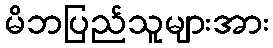
မိဘပြည်သူများအား